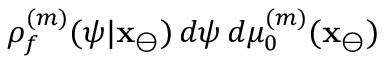
\rho _ { f } ^ { ( m ) } ( \psi | \mathbf { x } _ { \ominus } ) \, d \psi \, d \mu _ { 0 } ^ { ( m ) } ( \mathbf { x } _ { \ominus } )